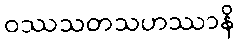
ဝဿသတသဟဿာနိ